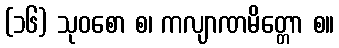
(၁၆) သုဝစော စ၊ ကလျာဏမိတ္တော စ။